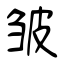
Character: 皱